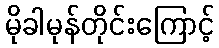
မိုခါမုန်တိုင်းကြောင့်